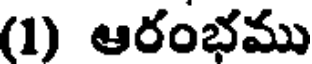
(1) ఆరంభము